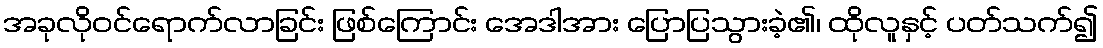
အခုလိုဝင်ရောက်လာခြင်း ဖြစ်ကြောင်း အေဒါအား ပြောပြသွားခဲ့၏၊ ထိုလူနှင့် ပတ်သက်၍